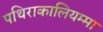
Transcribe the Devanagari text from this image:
पथिराकालियम्मा